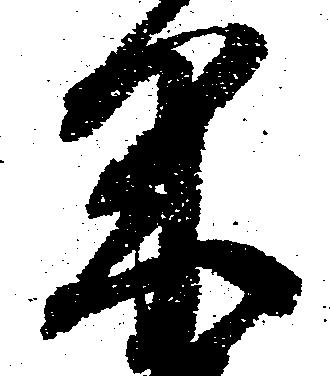
米